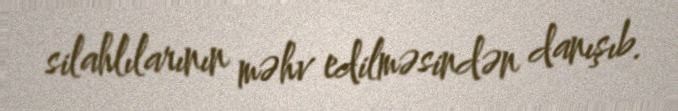
silahlılarının məhv edilməsindən danışıb.